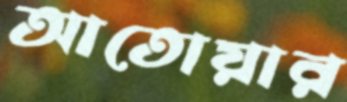
আতোয়ার